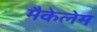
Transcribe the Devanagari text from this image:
मैकेलेम